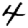
Digit: 4